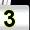
Digit: 3